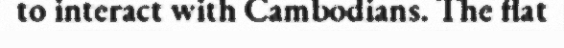
to interact with Cambodians. The flat